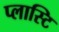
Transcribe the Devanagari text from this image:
प्लास्टि